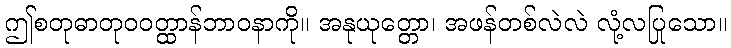
ဤစတုဓာတုဝဝတ္ထာန်ဘာဝနာကို။ အနုယုတ္တော၊ အဖန်တစ်လဲလဲ လုံ့လပြုသော။